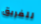
للفريق